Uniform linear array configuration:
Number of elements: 64
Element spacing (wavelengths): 0.5
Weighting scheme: cosine
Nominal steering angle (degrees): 0
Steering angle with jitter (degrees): -1.011
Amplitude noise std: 0.05
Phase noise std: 0.05

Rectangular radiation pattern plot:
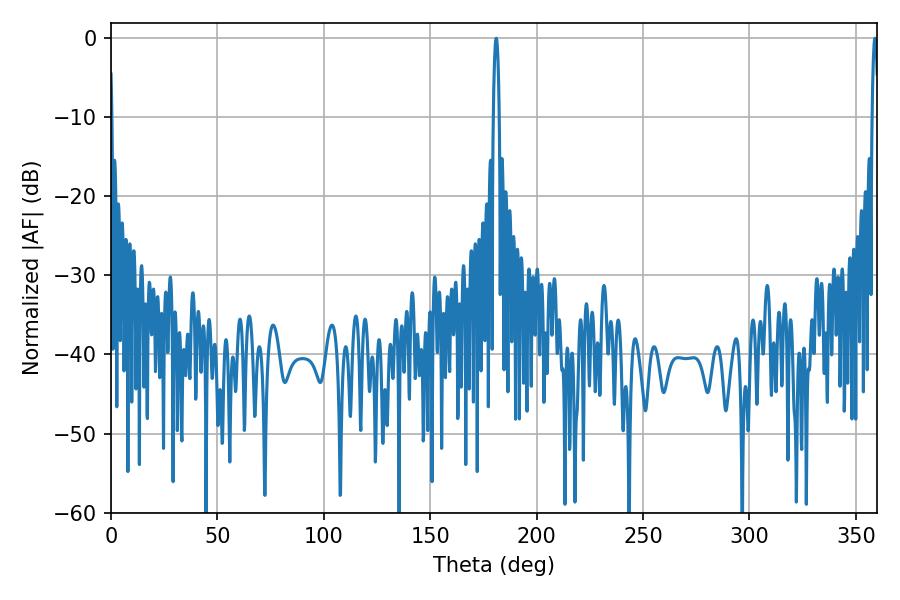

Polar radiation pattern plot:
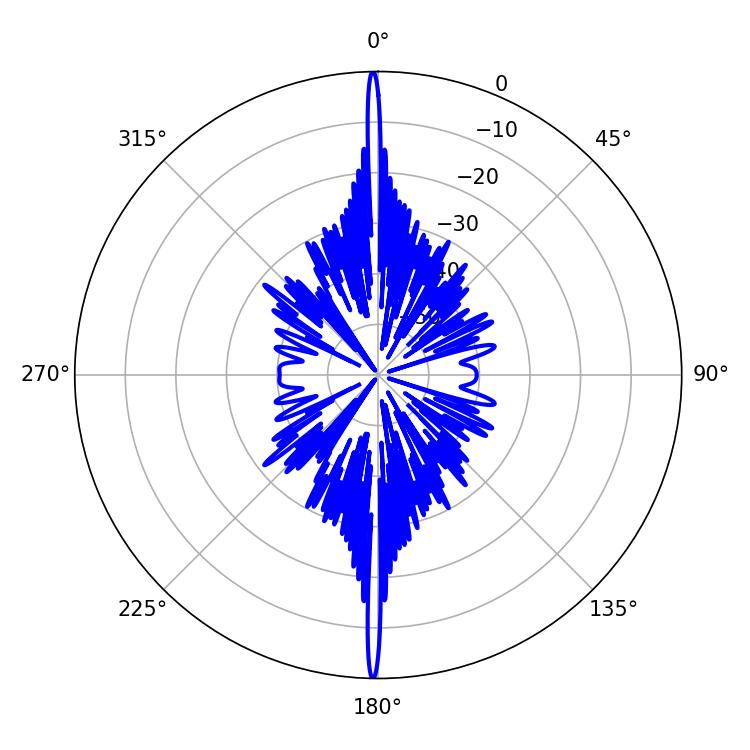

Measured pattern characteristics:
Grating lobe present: FALSE
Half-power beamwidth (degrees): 1.62
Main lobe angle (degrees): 181.08